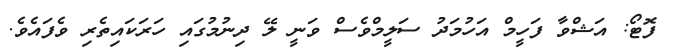
ފޮޓޯ: އަޝްވާ ފަހީމް އަހުމަދު ސަލީމްވެސް ވަނީ ލޭ ދިނުމުގައި ހަރަކައިތެރި ވެފައެވެ.